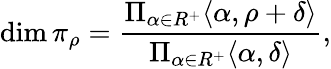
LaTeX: \dim\pi_{\rho}={\frac{\Pi_{\alpha\in R^{+}}\langle\alpha,\rho+\delta\rangle}{\Pi_{\alpha\in R^{+}}\langle\alpha,\delta\rangle}},